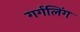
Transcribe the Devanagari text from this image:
गर्गलिंग